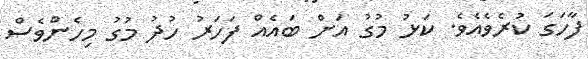
ފާހަގަ ކުރެވެއެވެ. ކަޅު މުގު އަށް ބައެއް ފަހަރު ހުދު މުގު މިހެންވެސް